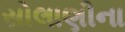
સોલાણીના